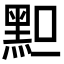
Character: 𪐪